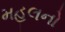
મહલનો